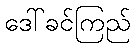
ဒေါ်ခင်ကြည်